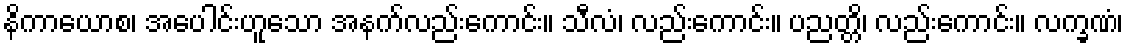
နိကာယောစ၊ အပေါင်းဟူသော အနက်လည်းကောင်း။ သီလံ၊ လည်းကောင်း။ ပညတ္တိ၊ လည်းကောင်း။ လက္ခဏံ၊